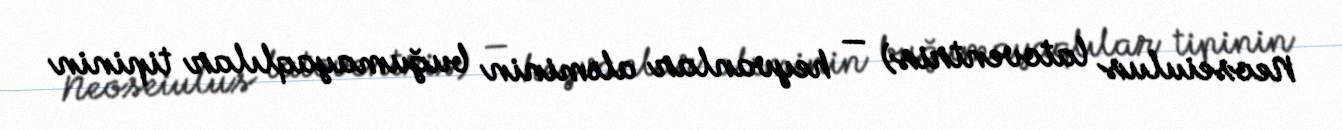
Neoseiulus latoventris) — heyvanlar aləminin buğumayaqlılar tipinin